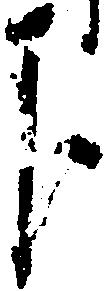
下